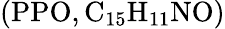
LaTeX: (\mathrm{PPO,C_{15}H_{11}NO)}